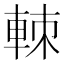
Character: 𨋵